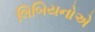
લિબિયનોએ